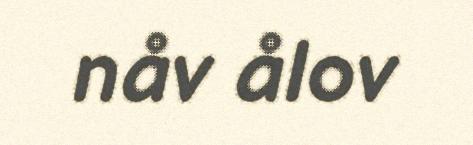
nåv ålov